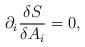
LaTeX: \begin{align*}\partial_i \frac{\delta S}{\delta A_i}= 0,\end{align*}